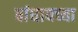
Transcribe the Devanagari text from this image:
बांधायच्या